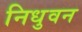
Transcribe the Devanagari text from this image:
निधुवन